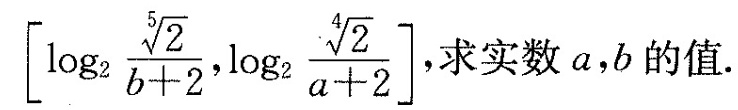
\left[\log _{2} \frac{\sqrt[5]{2}}{b+2}, \log _{2} \frac{\sqrt[4]{2}}{a+2}\right]，球实数a，b的值。